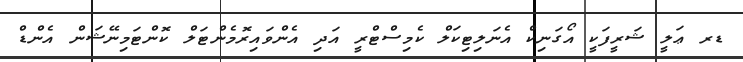
ޑރ ޢަލީ ޝަރީފަކީ އޯގަނިކް އެނަލިޓިކަލް ކެމިސްޓްރީ އަދި އެންވައިރޮމެންޓަލް ކޮންޓަމިނޭޝަން އެންޑް